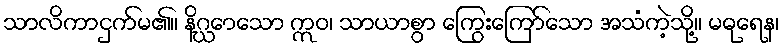
သာလိကာငှက်မ၏။ နိဂ္ဃောသော ဣဝ၊ သာယာစွာ ကြွေးကြော်သော အသံကဲ့သို့။ မဓုရေန၊